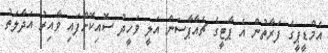
އެމްޑީޕީގެ ފަރާތުން އެ ޕާޓީގެ ޗެއާޕާސަން އަލީ ވަހީދު ސޮއިކޮށްފައި ވާއިރު އަދާލަތު